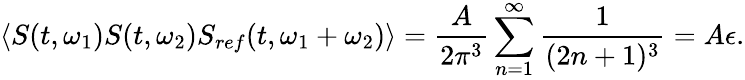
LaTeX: \langle S(t,\omega_{1})S(t,\omega_{2})S_{ref}(t,\omega_{1}+\omega_{2})\rangle=\frac{A}{2\pi^{3}}\sum_{n=1}^{\infty}\frac{1}{(2n+1)^{3}}=A\epsilon.